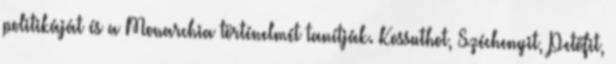
politikáját és a Monarchia történelmét tanítják. Kossuthot, Széchenyit, Petőfit,